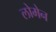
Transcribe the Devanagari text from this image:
लोमेन